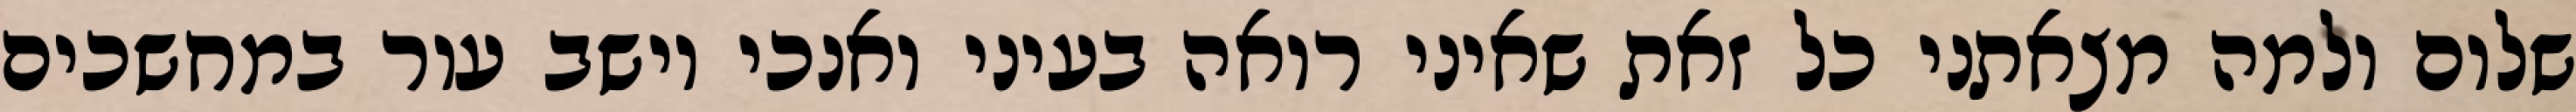
שלום ולמה מצאתני כל זאת שאיני רואה בעיני ואנכי יושב עור במחשכים